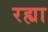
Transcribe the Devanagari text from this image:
रह्या